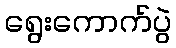
ရွေးကောက်ပွဲ